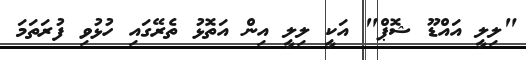
"ލިލީ އައްޑޫ ޝޮޕް" އަކީ ލިލީ އިން އަތޮޅު ތެރޭގައި ހުޅުވި ފުރަތަމަ